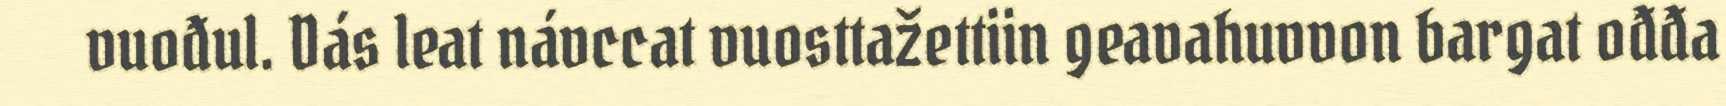
vuođul. Dás leat návccat vuosttažettiin geavahuvvon bargat ođđa